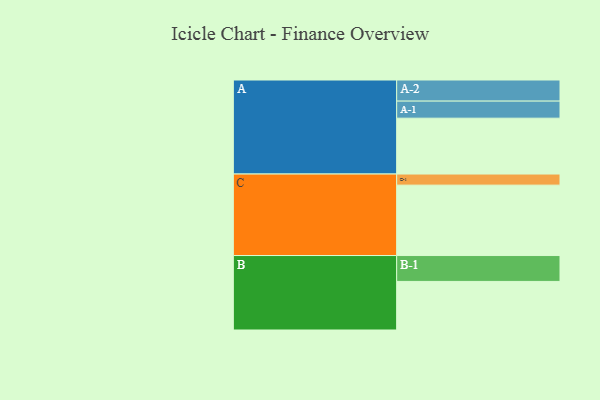
{"axis": {"x": "Segment", "y": "Value"}, "legend": ["", "A", "B", "C"], "data": [{"x": "A", "y": 468, "type": ""}, {"x": "B", "y": 407, "type": ""}, {"x": "C", "y": 590, "type": ""}, {"x": "A-1", "y": 143, "type": "A"}, {"x": "A-2", "y": 177, "type": "A"}, {"x": "B-1", "y": 217, "type": "B"}, {"x": "C-1", "y": 93, "type": "C"}]}